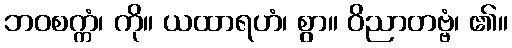
ဘဝစက္ကံ၊ ကို။ ယထာရဟံ၊ စွာ။ ဝိညာတဗ္ဗံ၊ ၏။